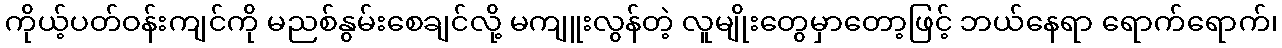
ကိုယ့်ပတ်ဝန်းကျင်ကို မညစ်နွမ်းစေချင်လို့ မကျူးလွန်တဲ့ လူမျိုးတွေမှာတော့ဖြင့် ဘယ်နေရာ ရောက်ရောက်၊